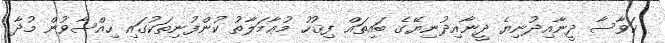
ކަވާސާ ދީނާއިދުނިޔެ ދީނާއިދުނިޔޭގެ ބައިތައް ފިޤުހު މުޢާމަލާތު ކުންފުނިތަކުގައި ހިއްސާވުން މުދާ